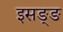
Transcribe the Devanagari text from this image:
इसङ्ङ